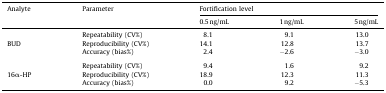
<table><thead><tr><td><b>Analyte</b></td><td><b>Parameter</b></td><td colspan="3"><b>Fortification level</b></td></tr><tr><td></td><td></td><td><b>0.5 ng/mL</b></td><td><b>1 ng/mL</b></td><td><b>5 ng/mL</b></td></tr></thead><tbody><tr><td></td><td>Repeatability (CV%)</td><td>8.1</td><td>9.1</td><td>13.0</td></tr><tr><td>BUD</td><td>Reproducibility (CV%)</td><td>14.1</td><td>12.8</td><td>13.7</td></tr><tr><td></td><td>Accuracy (bias%)</td><td>2.4</td><td>−2.6</td><td>−3.0</td></tr><tr><td colspan="5">  </td></tr><tr><td></td><td>Repeatability (CV%)</td><td>9.4</td><td>1.6</td><td>9.2</td></tr><tr><td>16α-HP</td><td>Reproducibility (CV%)</td><td>18.9</td><td>12.3</td><td>11.3</td></tr><tr><td></td><td>Accuracy (bias%)</td><td>0.0</td><td>9.2</td><td>−5.3</td></tr></tbody></table>